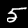
Digit: 5